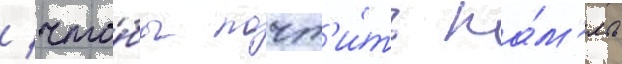
/ что́бы почт'и́ть па́м'ять